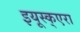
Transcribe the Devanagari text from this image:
इयूस्क्एरा